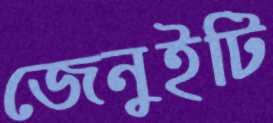
জেনুইটি